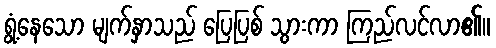
ရွံ့နေသော မျက်နှာသည် ပြေပြစ် သွားကာ ကြည်လင်လာ၏။